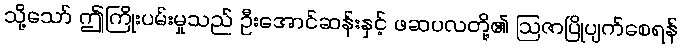
သို့သော် ဤကြိုးပမ်းမှုသည် ဦးအောင်ဆန်းနှင့် ဖဆပလတို့၏ ဩဇာပြိုပျက်စေရန်